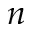
n